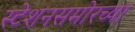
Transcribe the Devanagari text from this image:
स्टेशनसमोरच्या